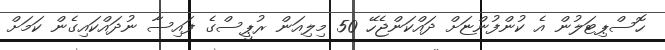
ހޮސްޕިޓަލުން އެ ކުންފުންޏަށް ދައްކަންޖެހޭ 50 މިލިއަން ރުޕީސްގެ ފައިސާ ނުދައްކައިގެން ކަމަށް